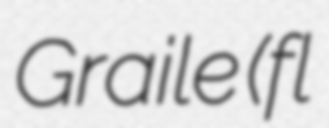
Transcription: Graile (fl